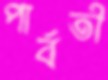
পার্বতী